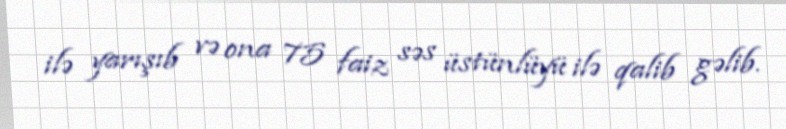
ilə yarışıb və ona 75 faiz səs üstünlüyü ilə qalib gəlib.